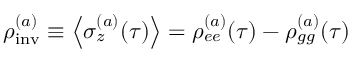
\rho _ { \mathrm { i n v } } ^ { ( a ) } \equiv \left\langle \sigma _ { z } ^ { ( a ) } ( \tau ) \right\rangle = \rho _ { e e } ^ { ( a ) } ( \tau ) - \rho _ { g g } ^ { ( a ) } ( \tau )